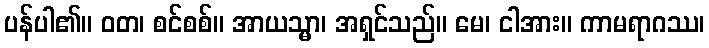
ပန်ပါ၏။ ဝတ၊ စင်စစ်။ အာယသ္မာ၊ အရှင်သည်။ မေ၊ ငါအား။ ကာမရာဂဿ၊